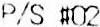
P/S #02